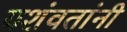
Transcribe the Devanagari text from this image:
यशंवतांनी